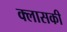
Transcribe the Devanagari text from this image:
क्लासकी